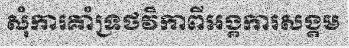
សុំការគាំទ្រថវិកាពីអង្គការសង្គម